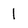
Character: 1